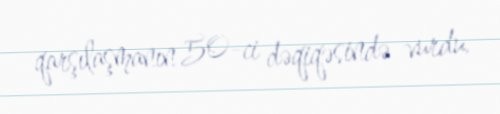
qarşılaşmanın 50-ci dəqiqəsində vurdu.